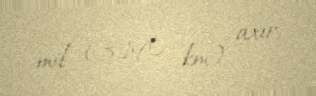
mil (3,190 km) axır.